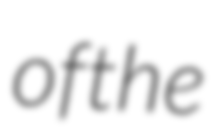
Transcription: of the